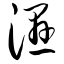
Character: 湿